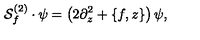
{ \cal S } _ { f } ^ { ( 2 ) } \cdot \psi = \left( 2 \partial _ { z } ^ { 2 } + \{ f , z \} \right) \psi ,